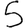
Digit: 5